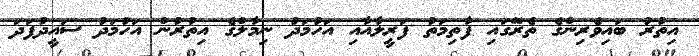
އިތުރު ބައިވެރިންގެ ތެރޭގައި ފާތިމަތު ފަރީލާއާއި އަހުމަދު ނިމާލްގެ އިތުރުން އަހުމަދު ސައީދުފަދަ